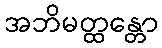
အဘိမတ္ထန္တော